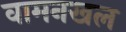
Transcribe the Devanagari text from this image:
वामनखल